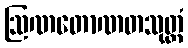
ဩဏတောဏတသုတ္တံ